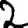
Digit: 2